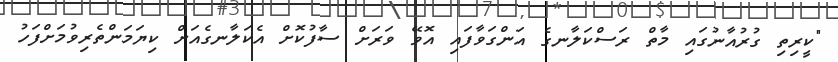
"ކީރިތި ގުރުއާނުގައި މާތް ރަސްކަލާނގެ އަންގަވާފައި އޮވޭ ވަރަށް ސާފުކޮށް އެކަލާނގެއަށް ކިޔަމަންތެރިވުމަށްފަހު